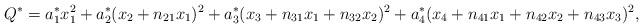
LaTeX: \begin{align*}Q^{*} = a_{1}^{*} x_{1}^{2} + a_{2}^{*} (x_{2} + n_{21} x_{1})^{2}+ a_{3}^{*} (x_{3} + n_{31} x_{1} + n_{32} x_{2})^{2} + a_{4}^{*} (x_{4} + n_{41} x_{1} + n_{42} x_{2} + n_{43} x_{3})^{2},\end{align*}